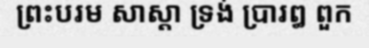
ព្រះបរម សាស្តា ទ្រង់ ប្រារឰ ពួក